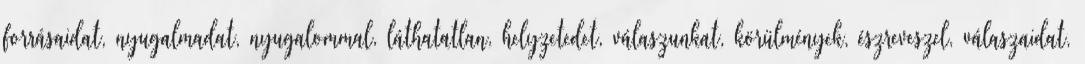
forrásaidat, nyugalmadat, nyugalommal, láthatatlan, helyzetedet, válaszunkat, körülmények, észreveszel, válaszaidat,